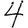
Digit: 4